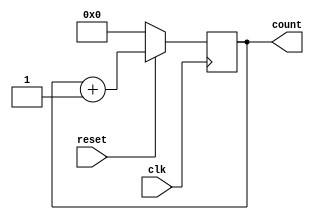
module counter_8bit(input clk,reset, output reg [7:0]count = 8'b00000000);

always @(posedge clk) begin
    if(~reset)
        count <= 0;
    else
        count <= count + 1'b1; 
end

endmodule